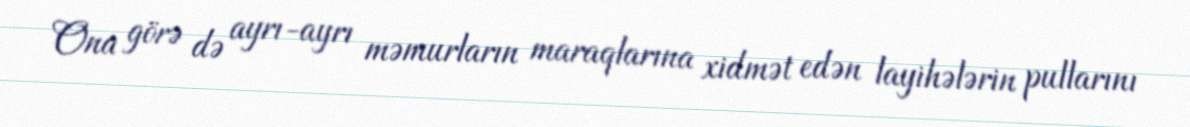
Ona görə də ayrı-ayrı məmurların maraqlarına xidmət edən layihələrin pullarını